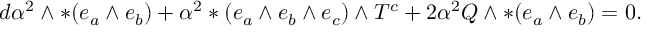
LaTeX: d \alpha ^ { 2 } \wedge * ( e _ { a } \wedge e _ { b } ) + \alpha ^ { 2 } * ( e _ { a } \wedge e _ { b } \wedge e _ { c } ) \wedge T ^ { c } + 2 \alpha ^ { 2 } Q \wedge * ( e _ { a } \wedge e _ { b } ) = 0 .